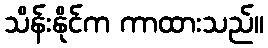
သိန်းနိုင်က ကာထားသည်။